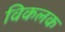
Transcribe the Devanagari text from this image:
विकलक